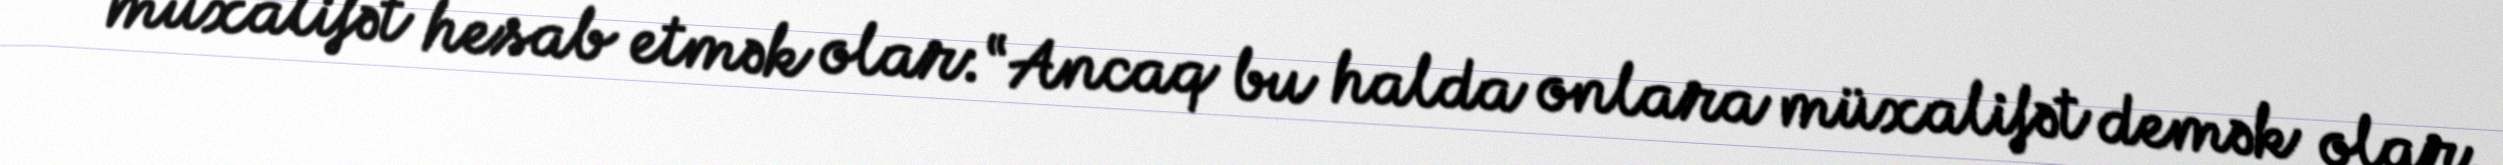
müxalifət hesab etmək olar: “Ancaq bu halda onlara müxalifət demək olar.